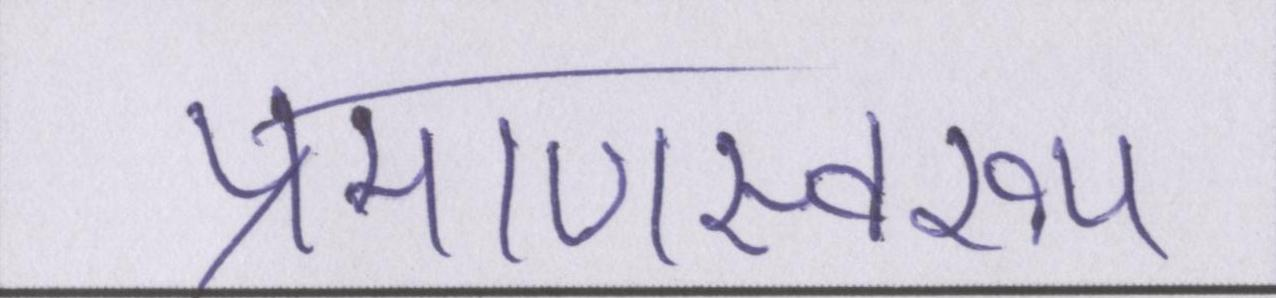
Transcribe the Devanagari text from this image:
प्रमाणस्वरूप